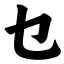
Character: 乜